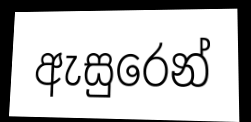
ඇසුරෙන්